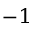
^ { - 1 }